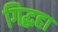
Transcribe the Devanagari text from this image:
गिद्धहा